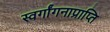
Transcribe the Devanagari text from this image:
स्वर्गांगनाप्राप्ति